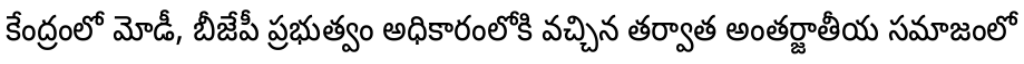
కేంద్రంలో మోడీ, బీజేపీ ప్రభుత్వం అధికారంలోకి వచ్చిన తర్వాత అంతర్జాతీయ సమాజంలో